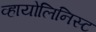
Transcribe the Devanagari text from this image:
व्हायोलिनिस्ट